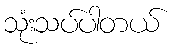
သုံးသပ်ပါတယ်